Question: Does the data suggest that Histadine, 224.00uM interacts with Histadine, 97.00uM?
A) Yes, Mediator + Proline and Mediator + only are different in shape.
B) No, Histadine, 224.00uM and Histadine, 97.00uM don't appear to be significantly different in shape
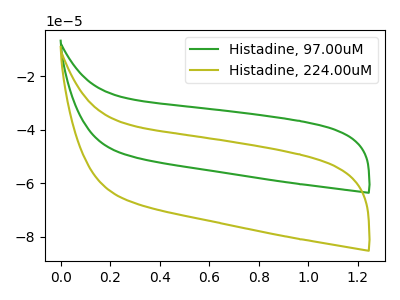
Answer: <think>The green curve "Histadine, 97.00uM" has no peaks. The olive curve "Histadine, 224.00uM" has no peaks.
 Neither "Histadine, 224.00uM" or "Histadine, 97.00uM" have any peaks.</think>
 <answer>B) No, "Histadine, 224.00uM" and "Histadine, 97.00uM" don't appear to be significantly different in shape</answer>
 <eval>B</eval>